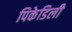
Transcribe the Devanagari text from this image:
पिकेडिली